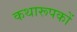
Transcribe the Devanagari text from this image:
कथारूपकों